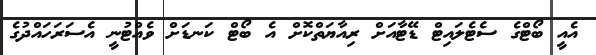
އެއީ ބޯޓްގެ ސެޓެލައިޓް ޑޭޓާއަށް ރިއާޔަތްކޮށް އެ ބޯޓް ކަނޑަށް ވެއްޓުނީ އެސަރަހައްދުގެ